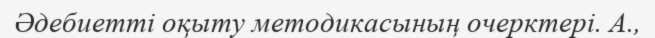
Әдебиетті оқыту методикасының очерктері. А.,